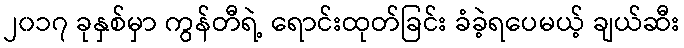
၂၀၁၇ ခုနှစ်မှာ ကွန်တီရဲ့ ရောင်းထုတ်ခြင်း ခံခဲ့ရပေမယ့် ချယ်ဆီး